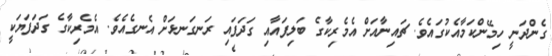
ގެންދަނީ ހިމޭންކަމާއެކުގައެވެ. ޗައިނާއަށް އެމެރިކާގެ ބަލިފައާއި ގަދަފައި ރަނގަނޅަށް އެނގެއެވެ. އެމެރިކާގެ ގަދަފަޔަކީ